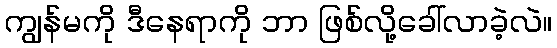
ကျွန်မကို ဒီနေရာကို ဘာ ဖြစ်လို့ခေါ်လာခဲ့လဲ။